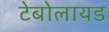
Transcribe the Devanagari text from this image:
टेबोलायड